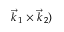
\vec { k } _ { \, 1 } \times \vec { k } _ { \, 2 } )